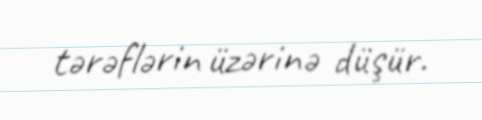
tərəflərin üzərinə düşür.